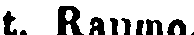
t. Raumo.